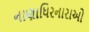
નાણાધિરનારાઓ